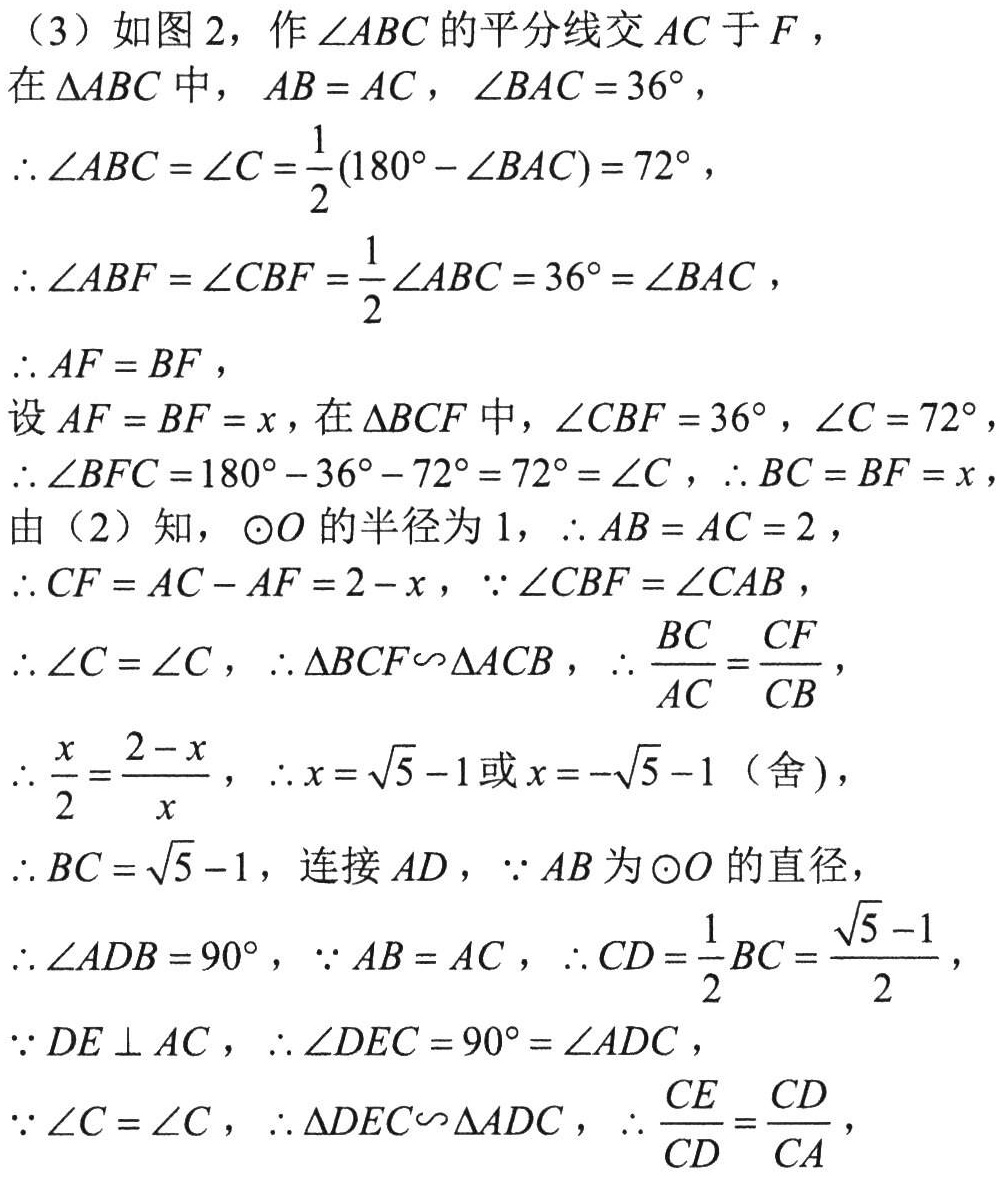
（3）如图2，作\(\angle ABC\)的平分线交\(AC\)于\(F\)，
在\(\triangle ABC\)中，\(AB = AC\)，\(\angle BAC = 36^{\circ}\)，
\(\therefore\angle ABC=\angle C=\frac{1}{2}(180^{\circ}-\angle BAC)=72^{\circ}\)，
\(\therefore\angle ABF = \angle CBF=\frac{1}{2}\angle ABC = 36^{\circ}=\angle BAC\)，
\(\therefore AF = BF\)，
设\(AF = BF = x\)，在\(\triangle BCF\)中，\(\angle CBF = 36^{\circ}\)，\(\angle C = 72^{\circ}\)，
\(\therefore\angle BFC=180^{\circ}-36^{\circ}-72^{\circ}=72^{\circ}=\angle C\)，\(\therefore BC = BF = x\)，
由（2）知，\(\odot O\)的半径为\(1\)，\(\therefore AB = AC = 2\)，
\(\therefore CF = AC - AF = 2 - x\)，\(\because\angle CBF=\angle CAB\)，
\(\therefore\angle C=\angle C\)，\(\therefore\triangle BCF\backsim\triangle ACB\)，\(\therefore\frac{BC}{AC}=\frac{CF}{CB}\)，
\(\therefore\frac{x}{2}=\frac{2 - x}{x}\)，\(\therefore x = \sqrt{5}-1\)或\(x = -\sqrt{5}-1\)（舍），
\(\therefore BC=\sqrt{5}-1\)，连接\(AD\)，\(\because AB\)为\(\odot O\)的直径，
\(\therefore\angle ADB = 90^{\circ}\)，\(\because AB = AC\)，\(\therefore CD=\frac{1}{2}BC=\frac{\sqrt{5}-1}{2}\)，
\(\because DE\perp AC\)，\(\therefore\angle DEC = 90^{\circ}=\angle ADC\)，
\(\because\angle C=\angle C\)，\(\therefore\triangle DEC\backsim\triangle ADC\)，\(\therefore\frac{CE}{CD}=\frac{CD}{CA}\)，